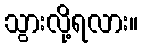
သွားလို့ရလား။